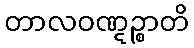
တာလဝဏ္ဋဉ္စာတိ